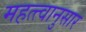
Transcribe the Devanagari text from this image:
महत्त्वानुसार